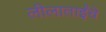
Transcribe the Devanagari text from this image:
लीलाताईंचे